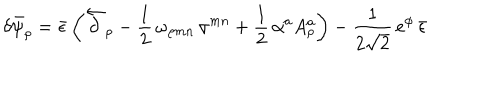
LaTeX: \delta \bar { \psi } _ { \rho } = \bar { \epsilon } \left( \overleftarrow { \partial } _ { \rho } - \frac { 1 } { 2 } \, \omega _ { \rho m n } \, \sigma ^ { m n } + \frac { 1 } { 2 } \, \alpha ^ { a } A _ { \rho } ^ { a } \right) - \frac { 1 } { 2 \sqrt { 2 } } \, e ^ { \phi } \, \bar { \epsilon }